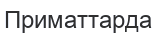
Приматтарда